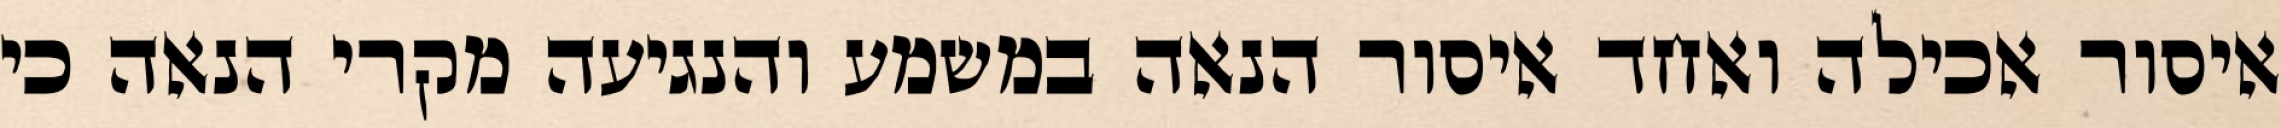
איסור אכילה ואחד איסור הנאה במשמע והנגיעה מקרי הנאה כי